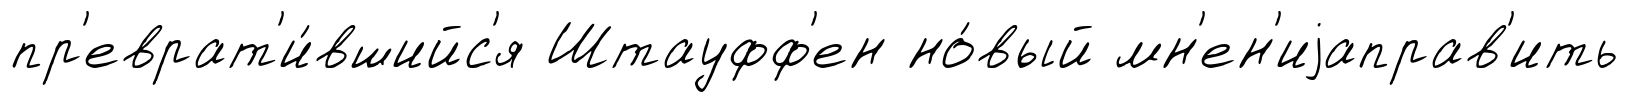
пр'еврат'и́вшийс'я Штауфф'ен но́вый мн'ен'иjаправ'ить